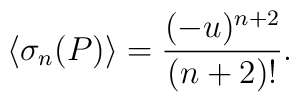
\langle \sigma_{n}(P)\rangle={(-u)^{n+2}\over (n+2)!}.